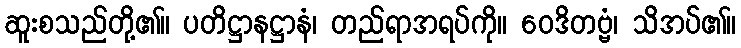
ဆူးစသည်တို့၏။ ပတိဋ္ဌာနဋ္ဌာနံ၊ တည်ရာအရပ်ကို။ ဝေဒိတဗ္ဗံ၊ သိအပ်၏။